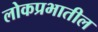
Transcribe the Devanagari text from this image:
लोकप्रभातील